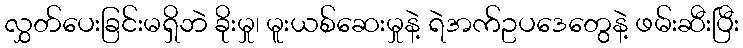
လွှတ်ပေးခြင်းမရှိဘဲ ခိုးမှု၊ မူးယစ်ဆေးမှုနဲ့ ရဲအက်ဥပဒေတွေနဲ့ ဖမ်းဆီးပြီး